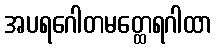
အပရဂေါတမတ္ထေရဂါထာ